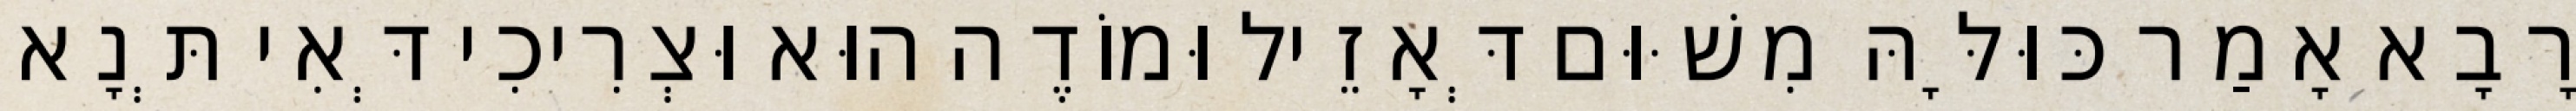
רָבָא אָמַר כּוּלָּהּ מִשּׁוּם דְּאָזֵיל וּמוֹדֶה הוּא וּצְרִיכִי דְּאִי תְּנָא